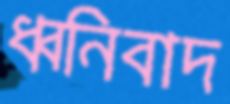
ধ্বনিবাদ